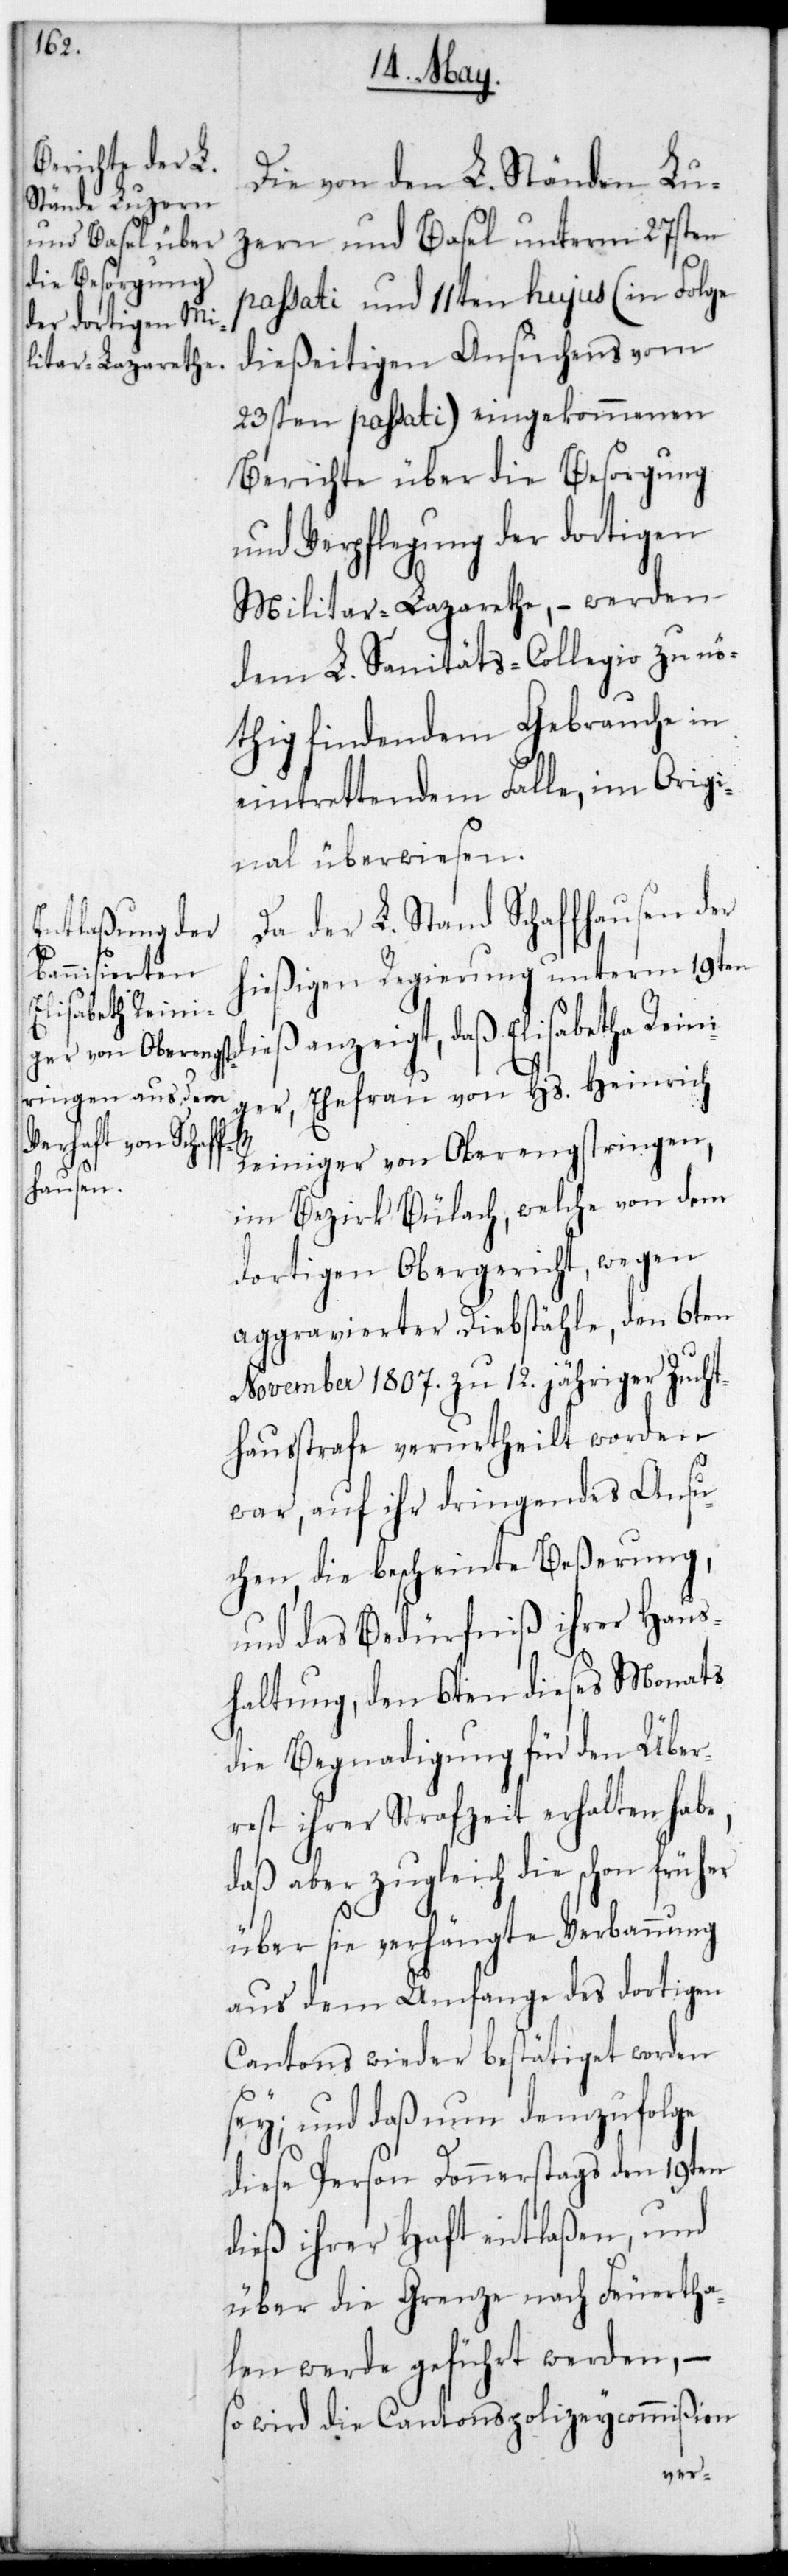
Elisabetha Reini¬

Die von den L. Ständen Lu¬
zern und Basel unterm 27sten
passati und 11ten hujus (in Folge
dießeitigen Ansuchens vom
23sten passati) eingekommenen
Berichte über die Besorgung
und Verpflegung der dortigen
Militar-Lazarethe, – werden
dem L. Sanitäts-Collegio zu nö¬
thig findendem Gebrauche in
eintrettendem Falle, im Origi¬
nal überwiesen.
Da der L. Stand Schaffhausen der
hießigen Regierung unterm 19ten
ger, Ehefrau von Hs. Heinrich
Reiniger von Oberengstringen,
im Bezirk Bülach, welche von dem
dortigen Obergericht, wegen
aggravierter Diebstähle, den 6ten
November 1807. zu 12. jähriger Zucht¬
hausstrafe verurtheilt worden
war, auf ihr dringendes Ansu¬
chen, die bescheinte Beßerung,
und das Bedürfniß ihrer Haus¬
haltung, den 6ten dießes Monats
die Begnadigung für den Über¬
rest ihrer Strafzeit erhalten habe,
daß aber zugleich die schon früher
über sie verhängte Verbannung
aus dem Umfange des dortigen
Cantons wieder bestätiget worden
sey; und daß nun demzufolge
diese Person Donnerstags den 19ten
dieß ihrer Haft entlaßen und
über die Grenze nach Feuertha¬
len werde geführt werden, –
so wird die Cantonspolizeycommißion